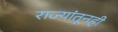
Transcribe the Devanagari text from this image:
राज्यांतूनही